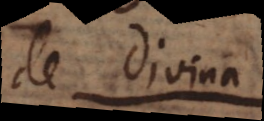
a divina